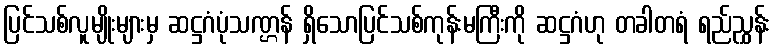
ပြင်သစ်လူမျိုးများမှ ဆဋ္ဌဂံပုံသဏ္ဌန် ရှိသောပြင်သစ်ကုန်းမကြီးကို ဆဋ္ဌဂံဟု တခါတရံ ရည်ညွှန်း